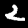
Label: 2